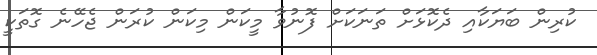
ކުރިން ބަޔަކާއި ދެކޮޅަށް ތަނަކަށް ފޮނުވާ މީކަން މިކަން ކުރަން ޖެހޭނެ ގޮތަކީ